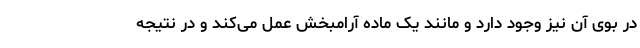
در بوی آن نیز وجود دارد و مانند یک ماده آرامبخش عمل می‌کند و در نتیجه